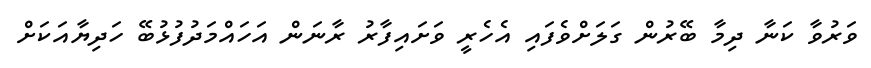
ވަރުވާ ކަނާ ދިމާ ބޭރުން ގަލަށްވެފައި އެހެރީ ވަށައިފާރު ރާނަން އަހައްމަދުފުޅުބޭ ހަދިޔާއަކަށް